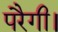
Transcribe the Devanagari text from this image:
परैगी।